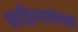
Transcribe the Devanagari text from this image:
साहित्यालोचकों